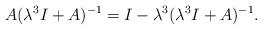
LaTeX: \begin{align*}A(\lambda^3 I + A)^{-1} = I-\lambda^3(\lambda^3 I + A)^{-1} .\end{align*}